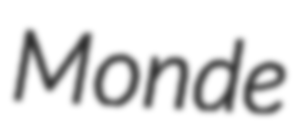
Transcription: Monde